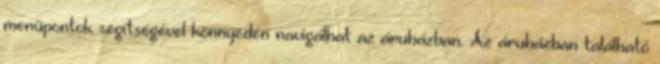
menüpontok segítségével könnyedén navigálhat az áruházban. Az áruházban található